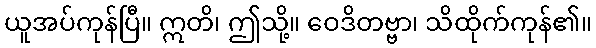
ယူအပ်ကုန်ပြီ။ ဣတိ၊ ဤသို့။ ဝေဒိတဗ္ဗာ၊ သိထိုက်ကုန်၏။